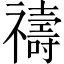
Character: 禱